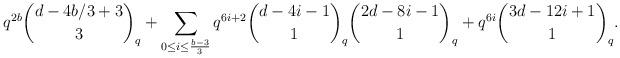
LaTeX: \begin{align*}q^{2b}\binom{d-4b/3+3}{3}_q + \sum_{0\le i\le \frac{b-3}{3}}q^{6i+2}\binom{d-4i-1}{1}_q\binom{2d-8i-1}{1}_q + q^{6i}\binom{3d-12i+1}{1}_q.\end{align*}